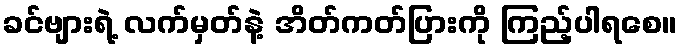
ခင်ဗျားရဲ့ လက်မှတ်နဲ့ အိတ်ကတ်ပြားကို ကြည့်ပါရစေ။